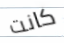
كانت